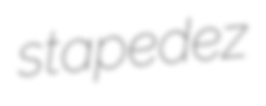
stapedez